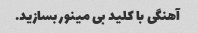
آهنگی با کلید بی مینور بسازید.